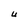
Character: U